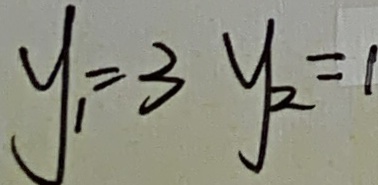
y _ { 1 } = 3 y _ { 2 } = 1